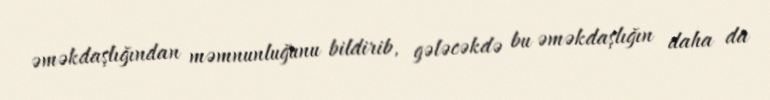
əməkdaşlığından məmnunluğunu bildirib, gələcəkdə bu əməkdaşlığın daha da